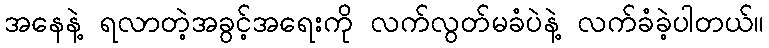
အနေနဲ့ ရလာတဲ့အခွင့်အရေးကို လက်လွတ်မခံပဲနဲ့ လက်ခံခဲ့ပါတယ်။